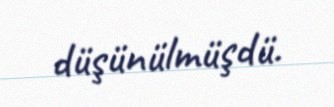
düşünülmüşdü.